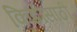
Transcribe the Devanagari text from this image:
किडींसाठी